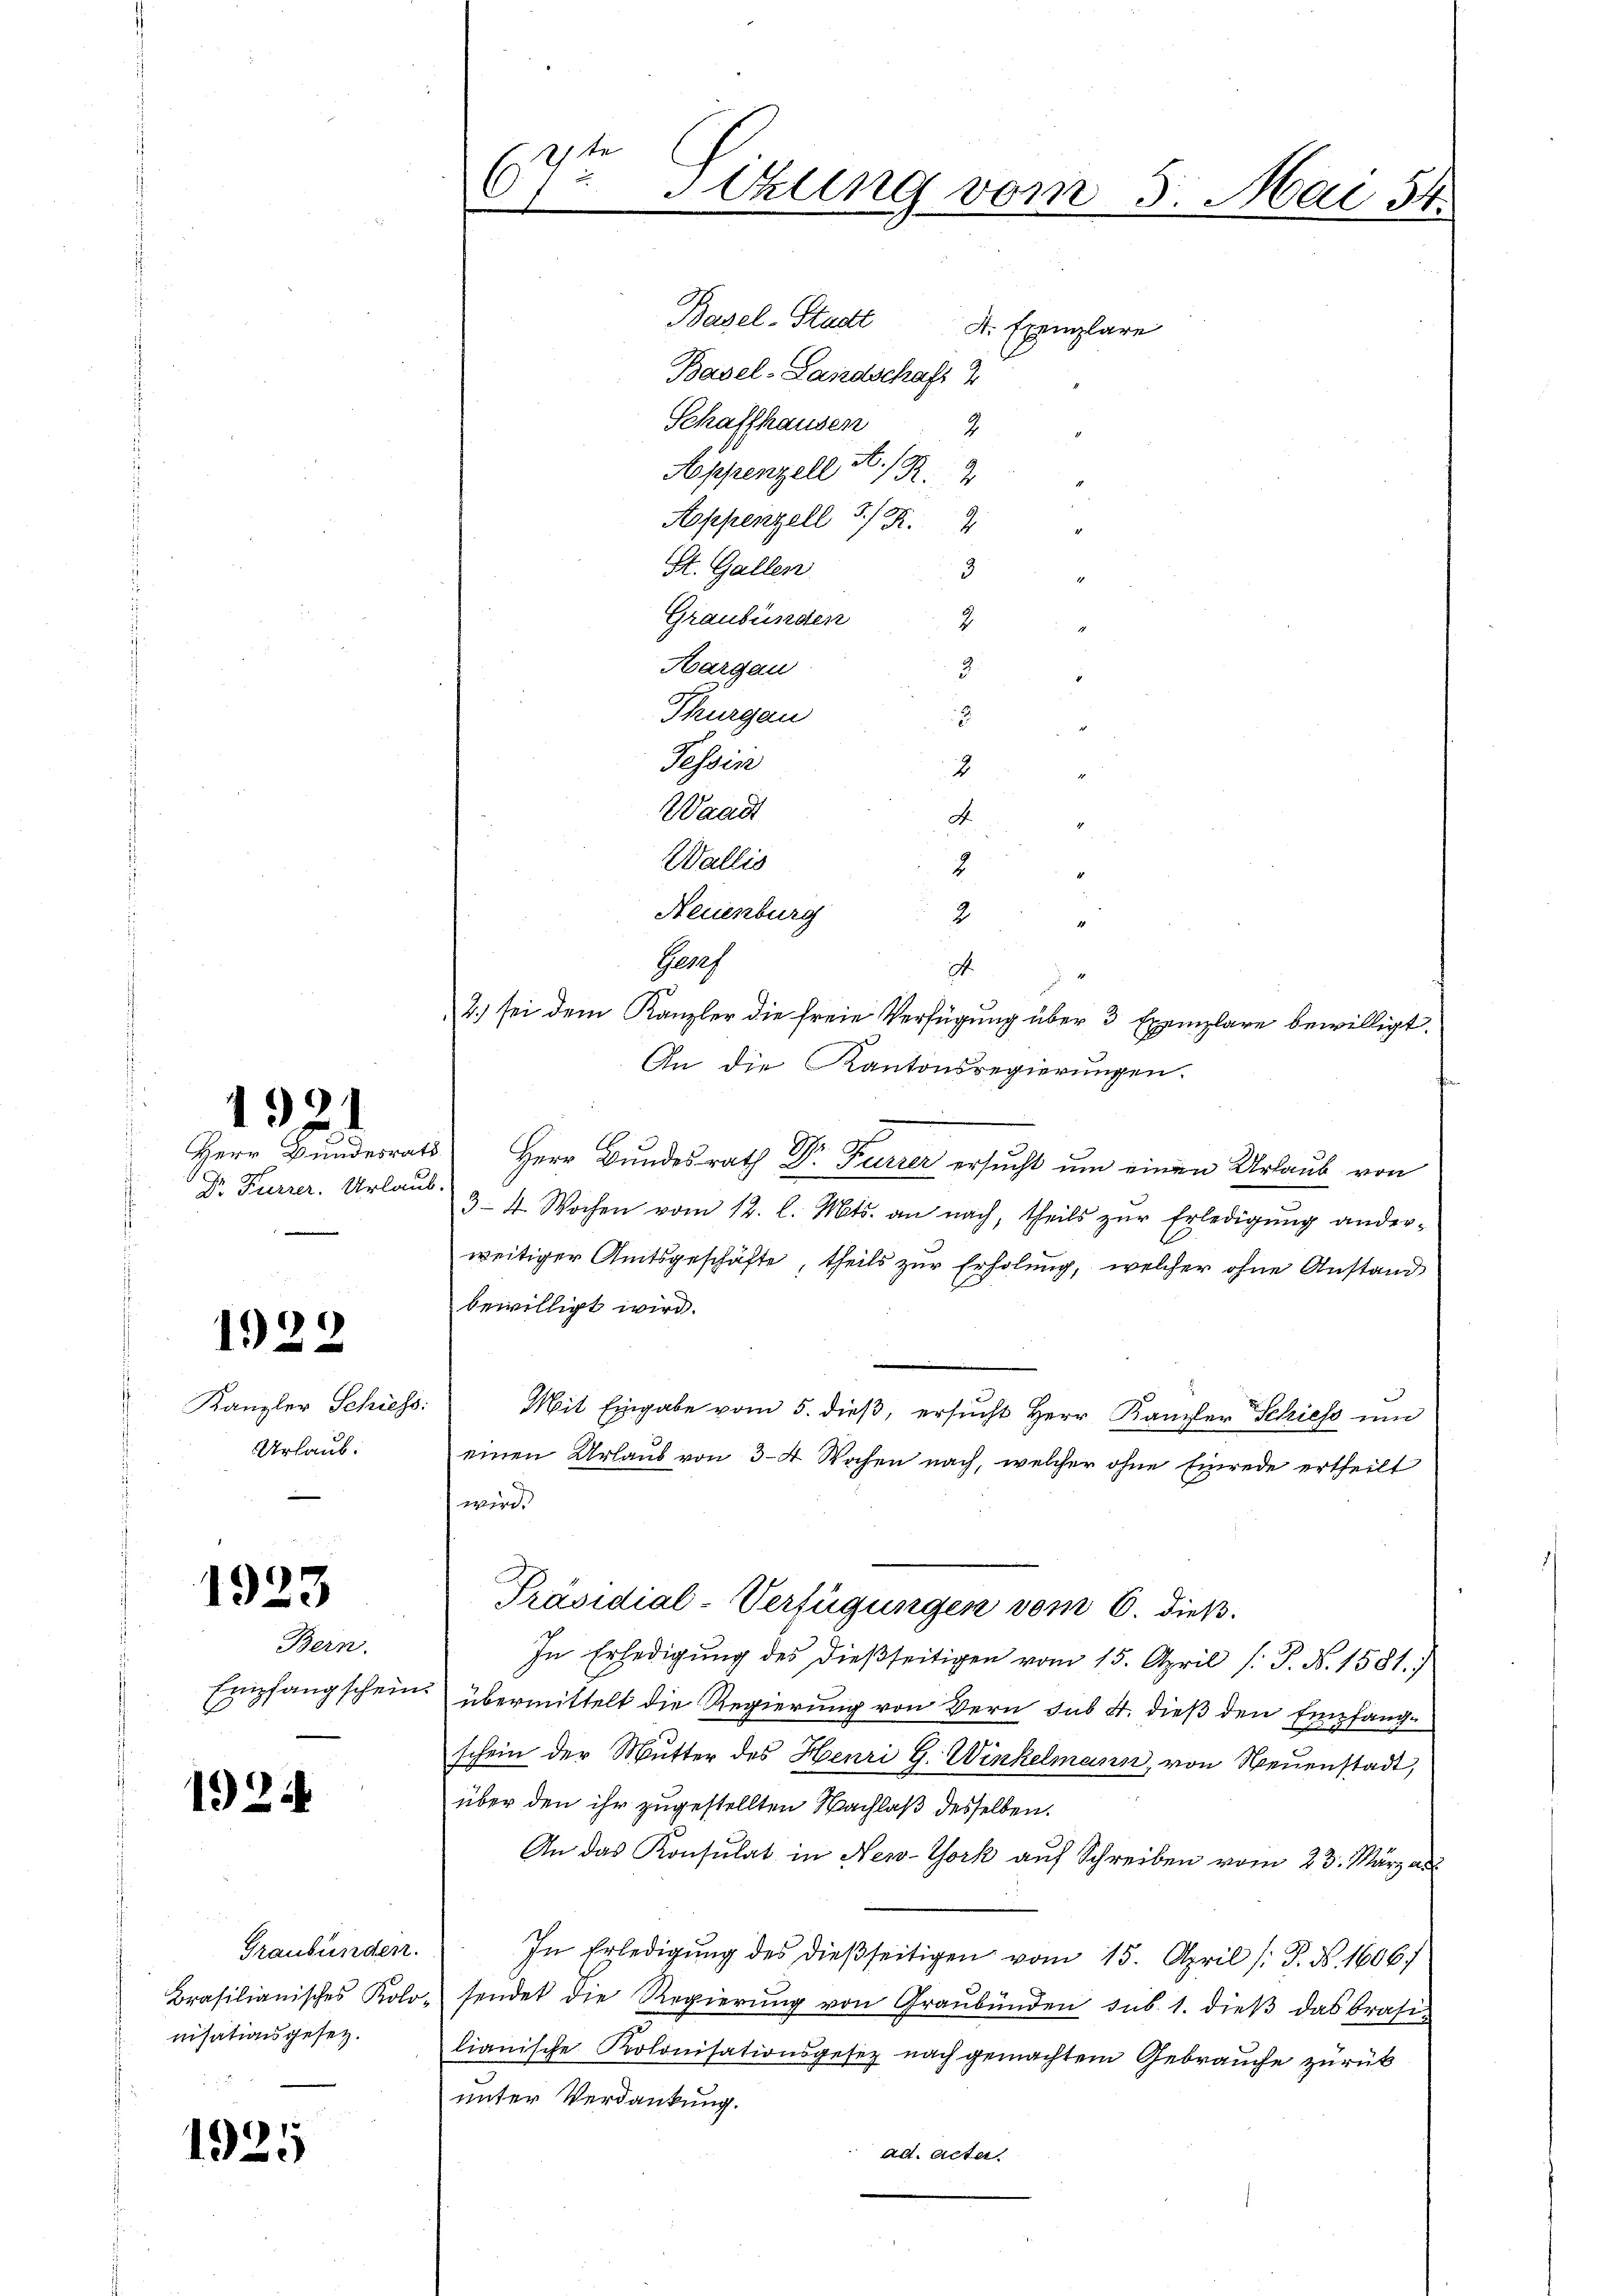
Dr. Furrer. Urlau

1922

1923

1924

1925

1921

Kanzler Schiess:
Urlaub.

Bern.
Empfangschein

Graubünden.
Brasilianisches Kolo.
nisationsgesetz.

Basel-Stadt
Basel-Landschaft 2
Schaffhausen
2
Appenzell A. R. 4
Aoppenzell 5/.
St. Gallen
3
Graubünden
2
3.
Aargau
Thurgau
Fessene
2
Waadt
A.
Wallis
Neuenburg
2
Gares
.
2
2.) sei dem Kanzler die freie Verfügung über 3 Exemplare bewilligt.
An die Kantonsregierungen.

Herr Bundesrats Herr Bundesrath Dr Furrer ersucht um einen Urlaub von
b.
3–4 Wochen vom 12. l. Mts. an nach, theils zŭr Erledigŭng ander-
weitiger Amtsgeschäfte, theils zur Erholung, welcher ohne Anstand
bewilligt wird.
Mit Eingabe vom 5. dieβ, ersŭcht Herr Kanzler Schiess und
einen Urlaub von 3–4 Wochen nach, welcher ohne Einrede ertheilt
wird.
Präsidial-Verfügungen vom 6. dieß.
In Erledigung des dießseitigen vom 15. April [J. N. 1581.)
übermittelt die Regierung von Bern sub A. dieß den Empfangschein der Mutter des Henri G. Winkelmann, von Neuenstadt,
über den ihr zugestellten Nachlaß desselben.
An das Konsulat in New-York auf Schreiben vom 23. März au
In Erledigŭng des dieβseitigen vom 15. April /: P. N. 1606
sendet die Regierŭng von Graubünden sub. 1. dieβ das Brasi-
lianische Prolonisationsgesez nach gemachtem Gebrauche zurück
unter Verdankung.
ad. Acta.

te
67. Sekung vom 5. Mai 54.

A. Exemplare

x

2